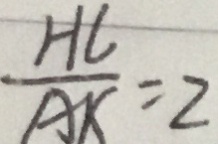
\frac { H L } { A K } = 2